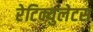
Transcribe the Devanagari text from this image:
रेटिक्युलेटस